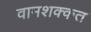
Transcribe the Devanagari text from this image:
वामशक्कत